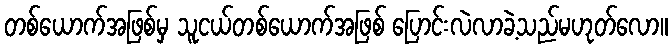
တစ်ယောက်အဖြစ်မှ သူငယ်တစ်ယောက်အဖြစ် ပြောင်းလဲလာခဲ့သည်မဟုတ်လော။